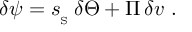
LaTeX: \delta \psi = { s _ { _ \mathrm { S } } } \, \delta \Theta + { \mit \Pi } \, \delta v \ .